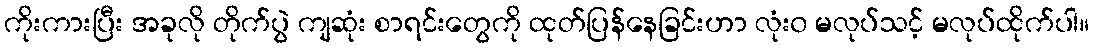
ကိုးကားပြီး အခုလို တိုက်ပွဲ ကျဆုံး စာရင်းတွေကို ထုတ်ပြန်နေခြင်းဟာ လုံး၀ မလုပ်သင့် မလုပ်ထိုက်ပါ။